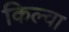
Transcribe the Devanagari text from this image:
किल्वा